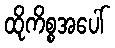
ထိုကိစ္စအပေါ်